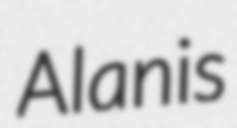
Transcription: Alanis